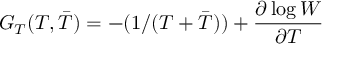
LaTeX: G _ { T } ( T , { \bar { T } } ) = - ( 1 / ( T + { \bar { T } } ) ) + \frac { \partial \log \cal W } { \partial T }